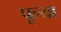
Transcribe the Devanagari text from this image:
पूल्या